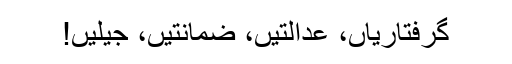
گرفتاریاں، عدالتیں، ضمانتیں، جیلیں!